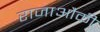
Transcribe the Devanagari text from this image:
राजाऔकी